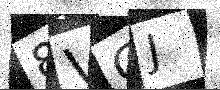
Text: 8VGJ